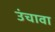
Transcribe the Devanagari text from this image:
उंचावा